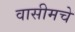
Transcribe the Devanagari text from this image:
वासीमचे